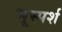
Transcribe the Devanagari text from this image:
भूस्पर्श